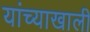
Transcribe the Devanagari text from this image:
यांच्याखाली